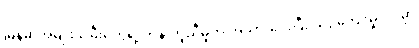
မြန်မာအမျိုးသမီးတွေရဲ့ တန်းတူညီမှုကို အသားပေးပြီး ယဉ်ကျေးမှုပိုင်းမှာ